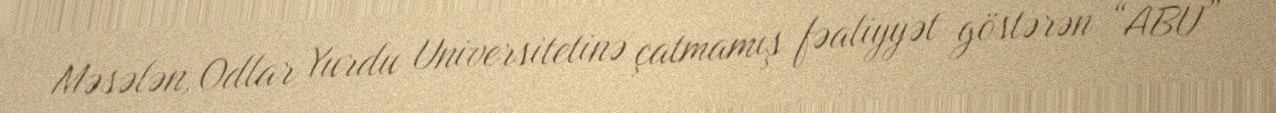
Məsələn, Odlar Yurdu Universitetinə çatmamış fəaliyyət göstərən “ABU”